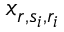
x _ { r , s _ { i } , r _ { i } }